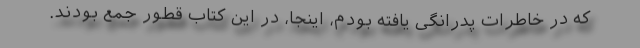
که در خاطرات پدرانگی یافته بودم، اینجا، در این کتاب قطور جمع بودند.